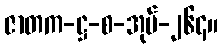
ဇာတက-ဋ္ဌ-စ-အုပ်-၂၆၄။